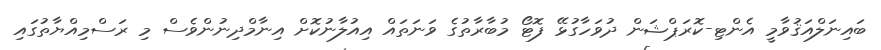
ބައިނަލްއަޤުވާމީ އެންޓި-ކޮރަޕްޝަން ދުވަހާގުޅޭ ފޮޓޯ މުބާރާތުގެ ވަނަތައް އިއުލާނުކޮށް އިނާމްދިނުންވެސް މި ރަސްމިއްޔާތުގައި